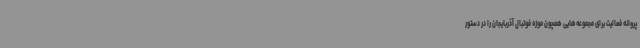
پروانه فعالیت برای مجموعه‌هایی همچون موزه فوتبال آذربایجان را در دستور